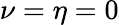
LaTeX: \nu=\eta=0